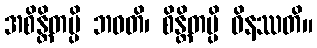
အစိန္တိတမ္ပိ ဘဝတိ၊ စိန္တိတမ္ပိ ဝိနဿတိ။